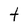
Character: t